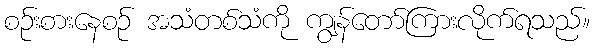
စဉ်းစားနေစဉ် အသံတစ်သံကို ကျွန်တော်ကြားလိုက်ရသည်။